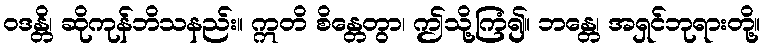
ဝဒန္တိ၊ ဆိုကုန်ဘိသနည်း။ ဣတိ စိန္တေတွာ၊ ဤသို့ကြံ၍။ ဘန္တေ၊ အရှင်ဘုရားတို့။